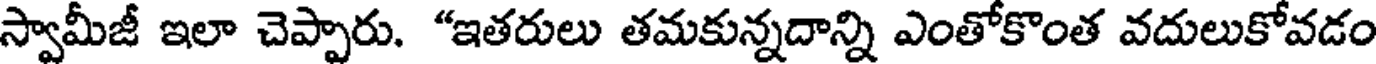
స్వామీజీ ఇలా చెప్పారు. "ఇతరులు తమకున్నదాన్ని ఎంతోకొంత వదులుకోవడం